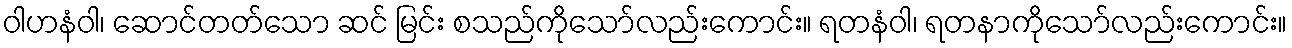
ဝါဟနံဝါ၊ ဆောင်တတ်သော ဆင် မြင်း စသည်ကိုသော်လည်းကောင်း။ ရတနံဝါ၊ ရတနာကိုသော်လည်းကောင်း။